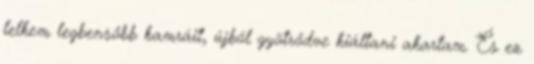
lelkem legbensőbb kamráit, újból gyötrődve kiáltani akartam. És ez